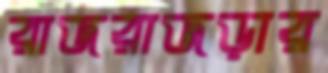
রাজরাজড়ার